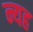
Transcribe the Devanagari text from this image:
न्यह